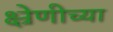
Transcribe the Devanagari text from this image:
क्ष्रेणीच्या